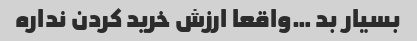
بسیار بد …واقعا ارزش خرید کردن نداره